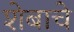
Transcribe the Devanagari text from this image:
शेबाचे